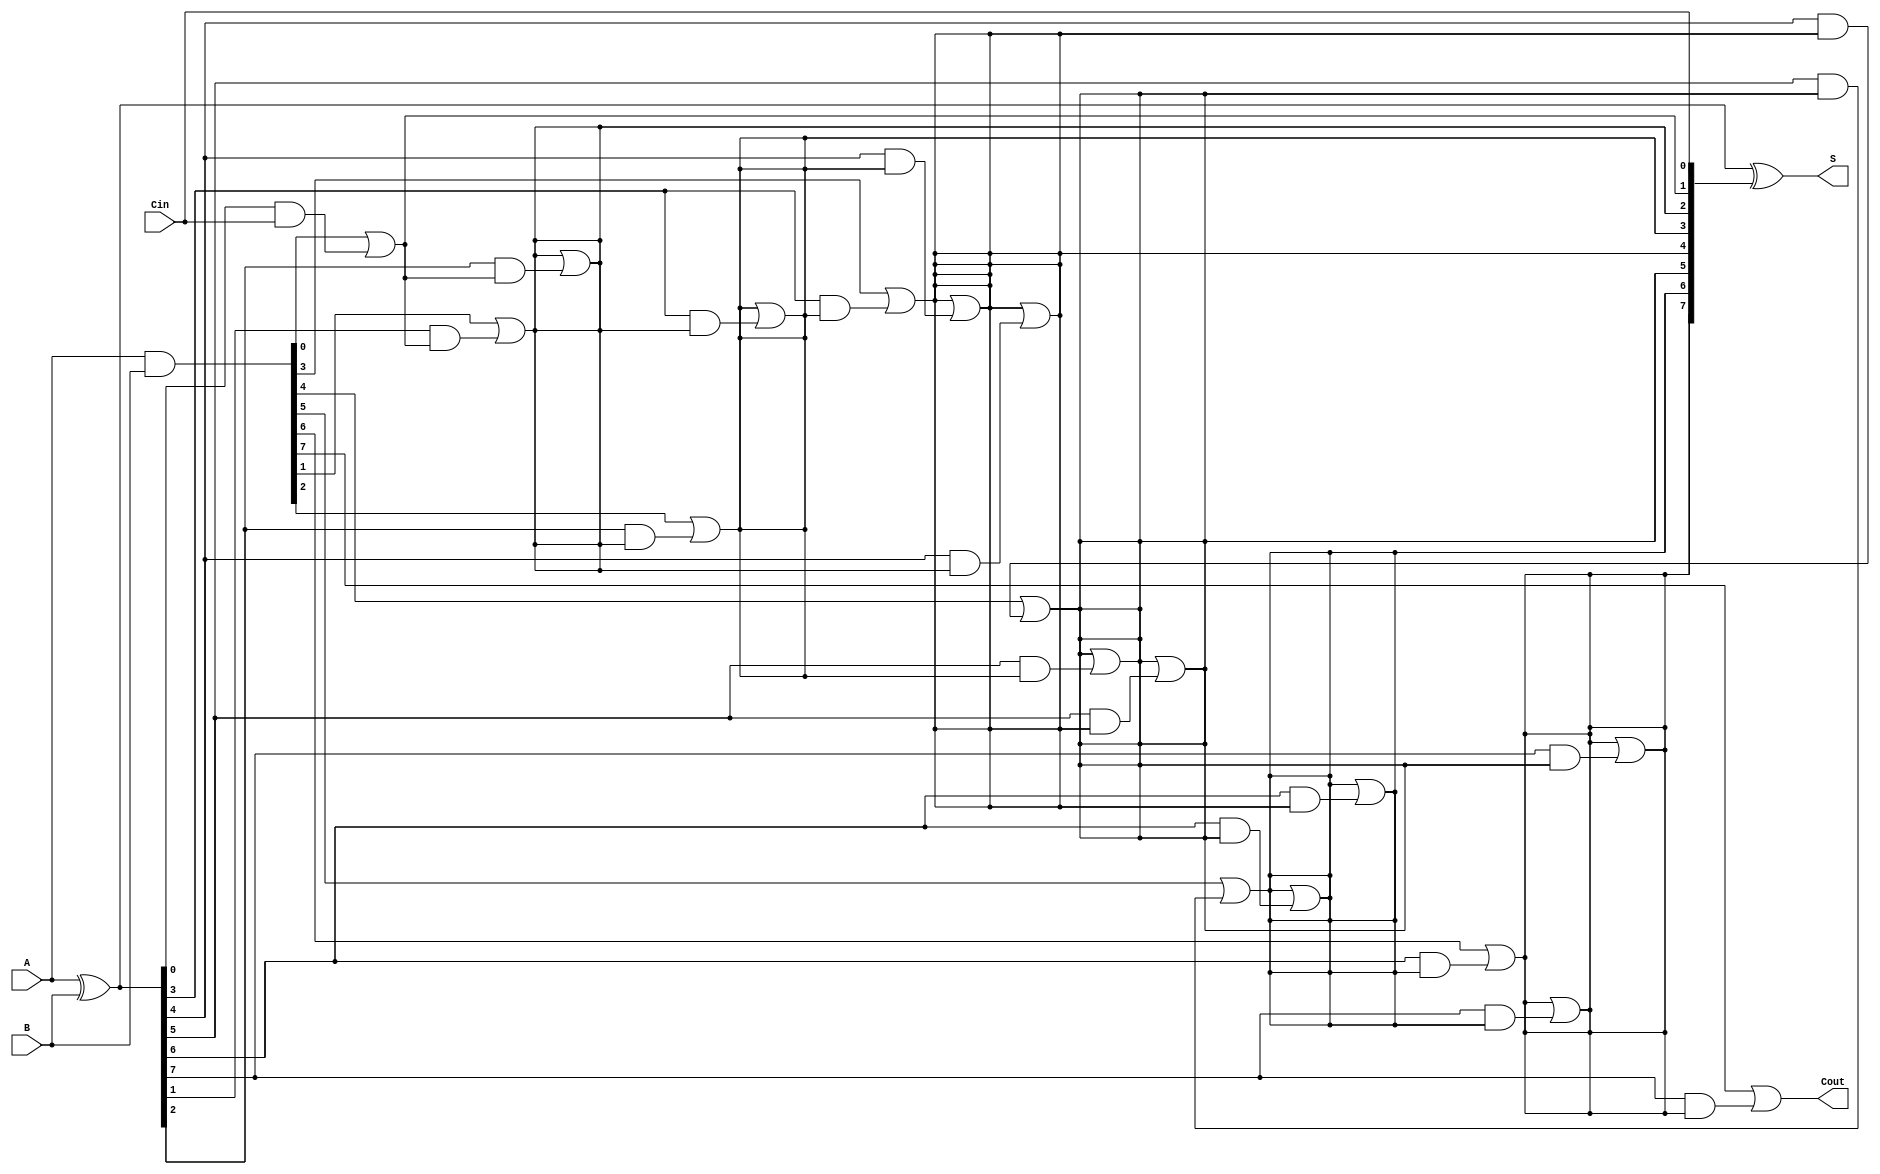
module KoggeStoneAdder #(parameter N = 8) (
    input [N-1:0] A,      // First n-bit input
    input [N-1:0] B,      // Second n-bit input
    input Cin,            // Carry-in
    output [N-1:0] S,     // Sum output
    output Cout           // Carry-out
);

    // Internal signals for propagate and generate
    wire [N-1:0] P;       // Propagate
    wire [N-1:0] G;       // Generate
    wire [N:0] C;         // Carry signals (C[0] = Cin)

    // Generate propagate and generate signals
    assign P = A ^ B;     // Propagate: P[i] = A[i] XOR B[i]
    assign G = A & B;     // Generate: G[i] = A[i] AND B[i]

    // Carry generation using Kogge-Stone logic
    assign C[0] = Cin;    // Carry-in

    genvar i, j;
    generate
        // Stage 1
        for (i = 0; i < N; i = i + 1) begin: stage1
            if (i == 0) begin
                assign C[i + 1] = G[i] | (P[i] & C[i]); // C[1] = G[0] + (P[0] * C[0])
            end else begin
                assign C[i + 1] = G[i] | (P[i] & C[i]); // C[i + 1] = G[i] + (P[i] * C[i])
            end
        end

        // Subsequent stages
        for (j = 1; j < $clog2(N); j = j + 1) begin: stages
            for (i = 0; i < N; i = i + 1) begin: stage
                if (i >= (1 << j)) begin
                    assign C[i] = C[i] | (P[i] & C[i - (1 << (j - 1))]);
                end
            end
        end
    endgenerate

    // Sum calculation
    assign S = P ^ C[N-1:0]; // S[i] = P[i] XOR C[i]

    // Carry-out
    assign Cout = C[N];

endmodule